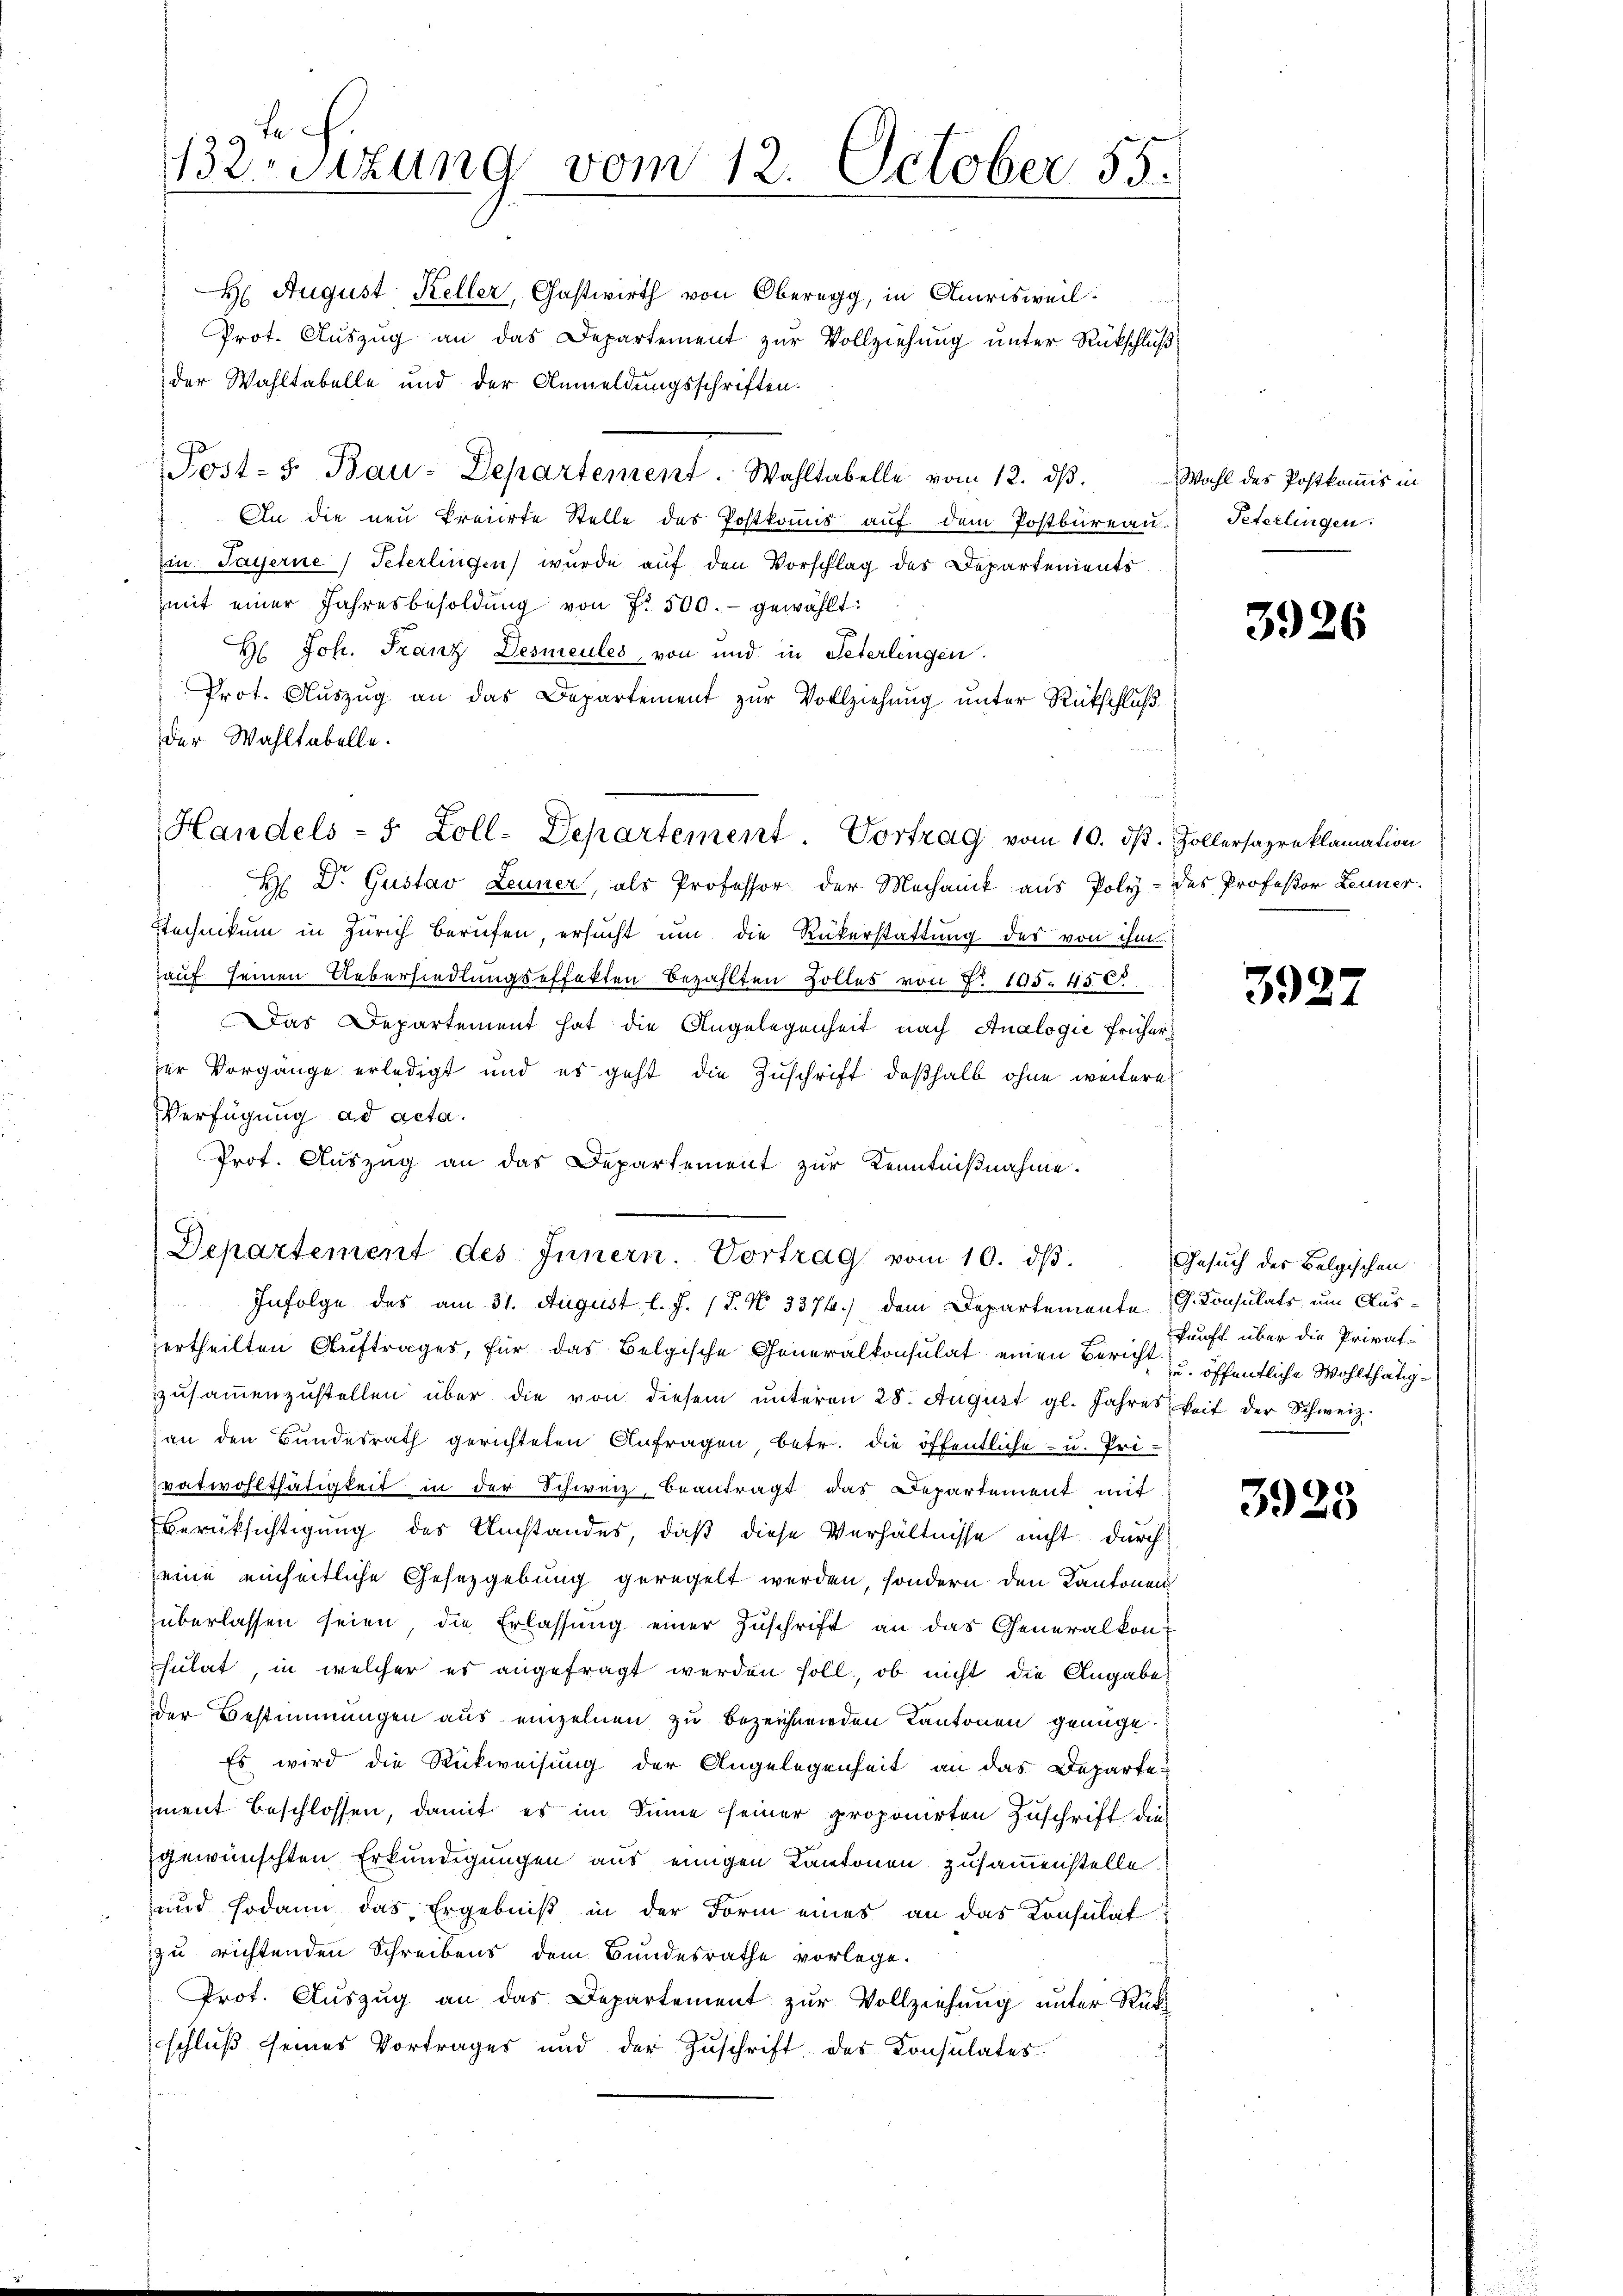
Besizung vom 12. October 55.

H August Keller, Gastwirth von Oberegg, in Amrisweil.
Prot. Auszug an das Departement zur Vollziehung unter Rückschluß
der Wahltabelle und der Anmeldungsschriften.
Post- 5. Bau-Departement. Wahltabelle vom 12. dβ. Wahl des Postkomis in
An die neu kreiirte Stelle des Postkomis auf dem Postbureau.
Ein Payerne Peterlingen wurde auf den Vorschlag des Departements
mit einer Jahresbesoldung von 7. 500.- gewählt:
H. Joh. Franz Desmeules, von und in Peterlingen.
Prot. Aŭszŭg an das Departement zŭr Vollziehŭng ŭnter Rückschluß
der Wahltabelle.
H Dr. Gustav Leuner, als Professor der Mechanik aus Poly- des Professor Leuner
Stechnikum in Zürich berufen, ersucht um die Rükerstattung des von ihm
auf seinen Uebersiedlungseffekten bezahlten Zolles von §. 105. 450
Das Departement hat die Angelegenheit nach Analogie früher
zer Vorgänge erledigt und es geht die Zuschrift deßhalb ohne weitere
Verfügung ad acta.
Prot. Auszug an das Departement zur Kenntnißnahme.
Departement des Innern. Vortrag vom 10. dβ.
 Infolge des am 31. August l. J. P. N. 3374.) dem Departemente G. Konsulats, um Ausertheilten Auftrages, für das Belgische Generalkonsulat einen Bericht u. öffentliche Wohlthätigzŭsaṁenzŭstellen über die von diesem ŭnteren 28. August gl. Jahres keit der Schweiz.
an den Bundesrath gerichteten Anfragen, betr. die öffentliche- u. Pri-
vatwohlthätigkeit in der Schweiz, beantragt das Departement mit
Berücksichtigung des Umstandes, daß diese Verhältnisse nicht durch
eine einheitliche Gesetzgebung geregelt werden, sondern den Kantonen
überlassen seien, die Erlassung einer Zuschrift an das Generalkon-
sulat, in welcher es angefragt werden soll, ob nicht die Angabe
der Bestimmungen aus einzelnen zu bezeichneiden Kantonen genüge.
Es wird die Rückweisung der Angelegenheit an das Departe
ment beschlossen, damit es im Sinne seiner proponirten Zuschrift dies
gewünschten Erkundigungen aus einigen Kantonen zusammenstelle.
und sodann das Ergebniß in der Form eines an das Konsulat
zu richtenden Schreibens dem Bundesrathe vorlege.
Prot. Aŭszŭg an das Departement zŭr Vollziehung unter Rük
schluß seines Vortrages und der Zuschrift des Consulates.

Handels - 5 Zoll-Departement. Vortrag vom 10. dβ. Zollersapreklamation

Peterlingen.

3926

3927

Gesuch des Belgischen
kunft über die Privat-

3925